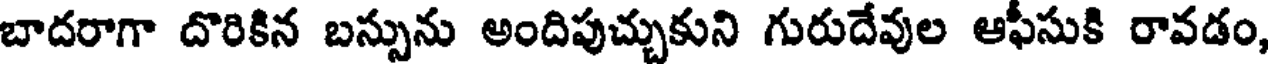
బాదరాగా దొరికిన బస్సును అందిపుచ్చుకుని గురుదేవుల ఆఫీసుకి రావడం,